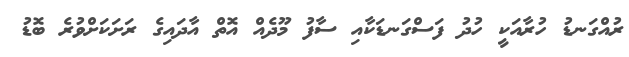
ރުއްގަނޑު ހުރާއަކީ ހުދު ފަސްގަނޑަކާއި ސާފު މޫދެއް އޮތް އާދައިގެ ރަށަކަށްވުރެ ބޮޑު